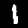
Digit: 1